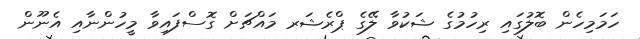
ހަމަމިހެން ބޮލުގައި ރިހުމުގެ ޝަކުވާ ލޭގެ ޕްރެޝަރ މައްޗަށް ގޮސްފައިވާ މީހުންނާއި އެނޫން